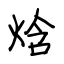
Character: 焓